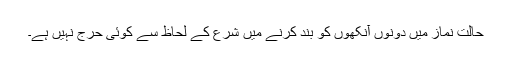
حالت نماز میں دونوں آنکھوں کو بند کرنے میں شرع کے لحاظ سے کوئی حرج نہیں ہے۔